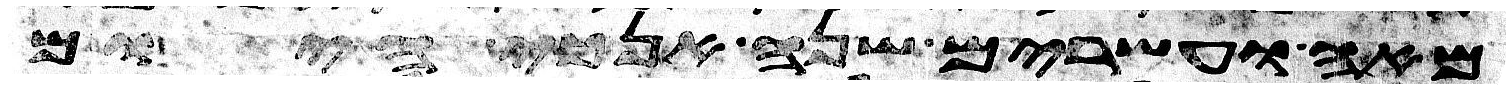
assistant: מאה ועשרים שנה אנכי היום